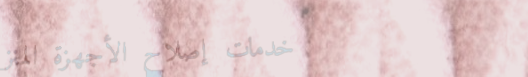
خدمات إصلاح الأجهزة المنز